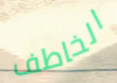
الخاطف